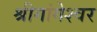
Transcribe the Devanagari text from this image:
श्रीगांगेश्वर